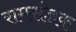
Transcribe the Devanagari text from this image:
रामसंज्ञक